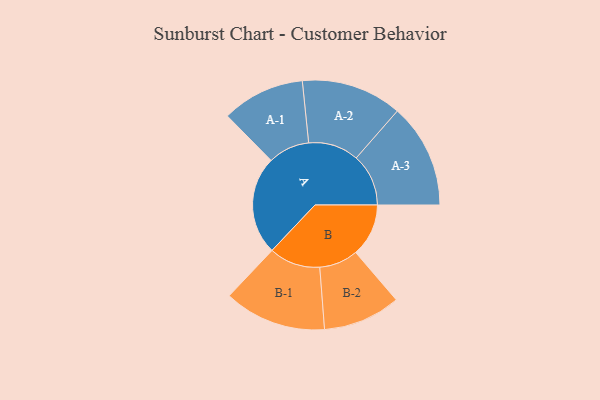
{"axis": {"x": "Segment", "y": "Value"}, "legend": ["", "A", "B"], "data": [{"x": "A", "y": 475, "type": ""}, {"x": "B", "y": 255, "type": ""}, {"x": "A-1", "y": 200, "type": "A"}, {"x": "A-2", "y": 243, "type": "A"}, {"x": "A-3", "y": 252, "type": "A"}, {"x": "B-1", "y": 247, "type": "B"}, {"x": "B-2", "y": 187, "type": "B"}]}